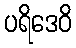
ပရိဒေဝိ